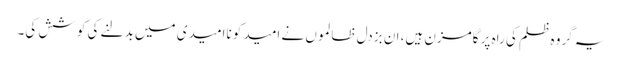
یہ گروہ ظلم کی راہ پر گامزن ہیں، ان بزدل ظالموں نے امید کو ناامیدی میں بدلنے کی کوشش کی۔